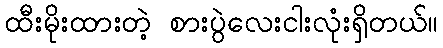
ထီးမိုးထားတဲ့ စားပွဲလေးငါးလုံးရှိတယ်။